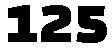
125